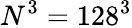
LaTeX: N^{3}=128^{3}